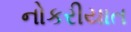
નોકરીયાત